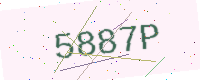
Text: 5887P